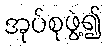
အုပ်စုဖွဲ့၍